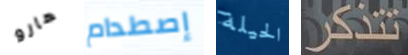
هارو إصطدام الحيلة تتذكر